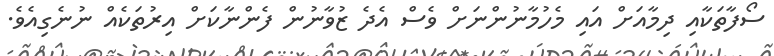
ސޯފާތަކާއި ދިމާއަށް އައި މެހުމާނުންނަށް ވެސް އެދެ ޒުވާނުން ފެންނާކަށް އިރުތަކެއް ނުނެގިއެވެ.